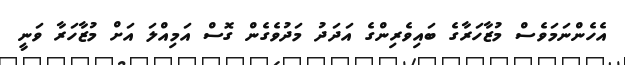
އެހެންނަމަވެސް މުޒާހަރާގެ ބައިވެރިންގެ އަދަދު މަދުވެގެން ގޮސް އަމިއްލަ އަށް މުޒާހަރާ ވަނީ